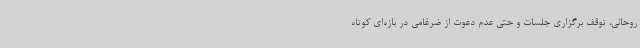
روحانی، توقف برگزاری جلسات و حتی عدم دعوت از ضرغامی در بازه‌ای کوتاه